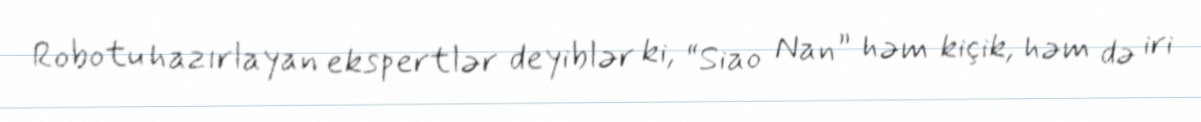
Robotu hazırlayan ekspertlər deyiblər ki, “Siao Nan” həm kiçik, həm də iri